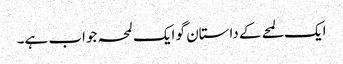
ایک لمحے کے داستان گو ایک لمحہ جواب ہے۔